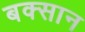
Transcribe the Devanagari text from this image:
बक्सान